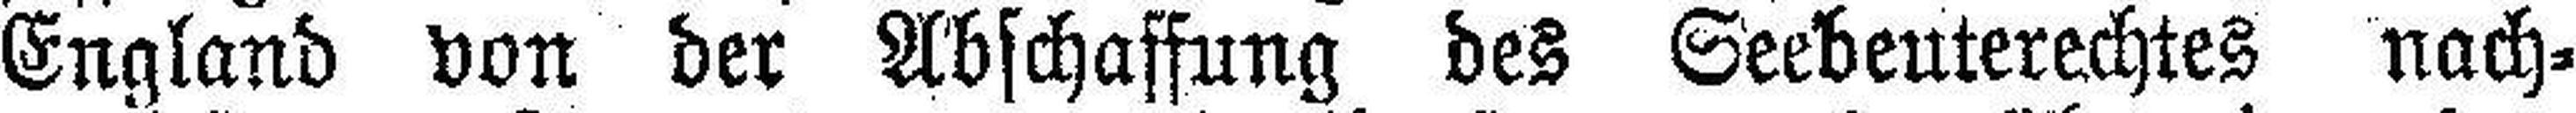
England von der Abschaffung des Seebeuterechtes nach¬